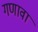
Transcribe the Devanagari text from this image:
गणावा